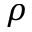
\rho